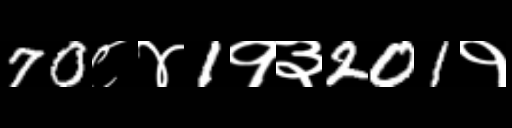
Text: 70८४1१३201१